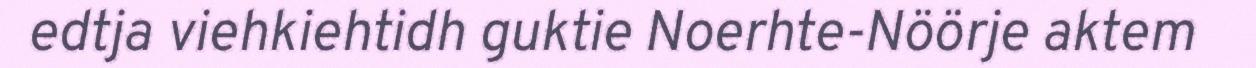
edtja viehkiehtidh guktie Noerhte-Nöörje aktem